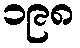
၁၉၈